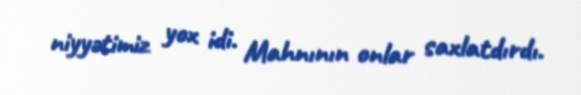
niyyətimiz yox idi. Mahnının onlar saxlatdırdı.